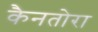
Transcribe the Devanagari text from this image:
कैनतोरा